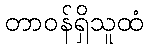
တာဝန်ရှိသူထံ